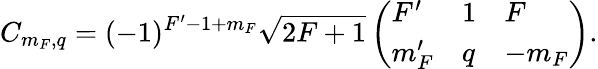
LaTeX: C_{m_{F},q}=(-1)^{F^{\prime}-1+m_{F}}\sqrt{2F+1}\left(\begin{array}{lll}{F^{\prime}}&{1}&{F}\\ {m_{F}^{\prime}}&{q}&{-m_{F}}\end{array}\right).